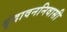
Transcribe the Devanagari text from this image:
बृंदावननिवासी